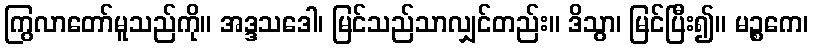
ကြွလာတော်မူသည်ကို။ အဒ္ဒသဒေါ၊ မြင်သည်သာလျှင်တည်း။ ဒိသွာ၊ မြင်ပြီး၍။ မဉ္စကေ၊